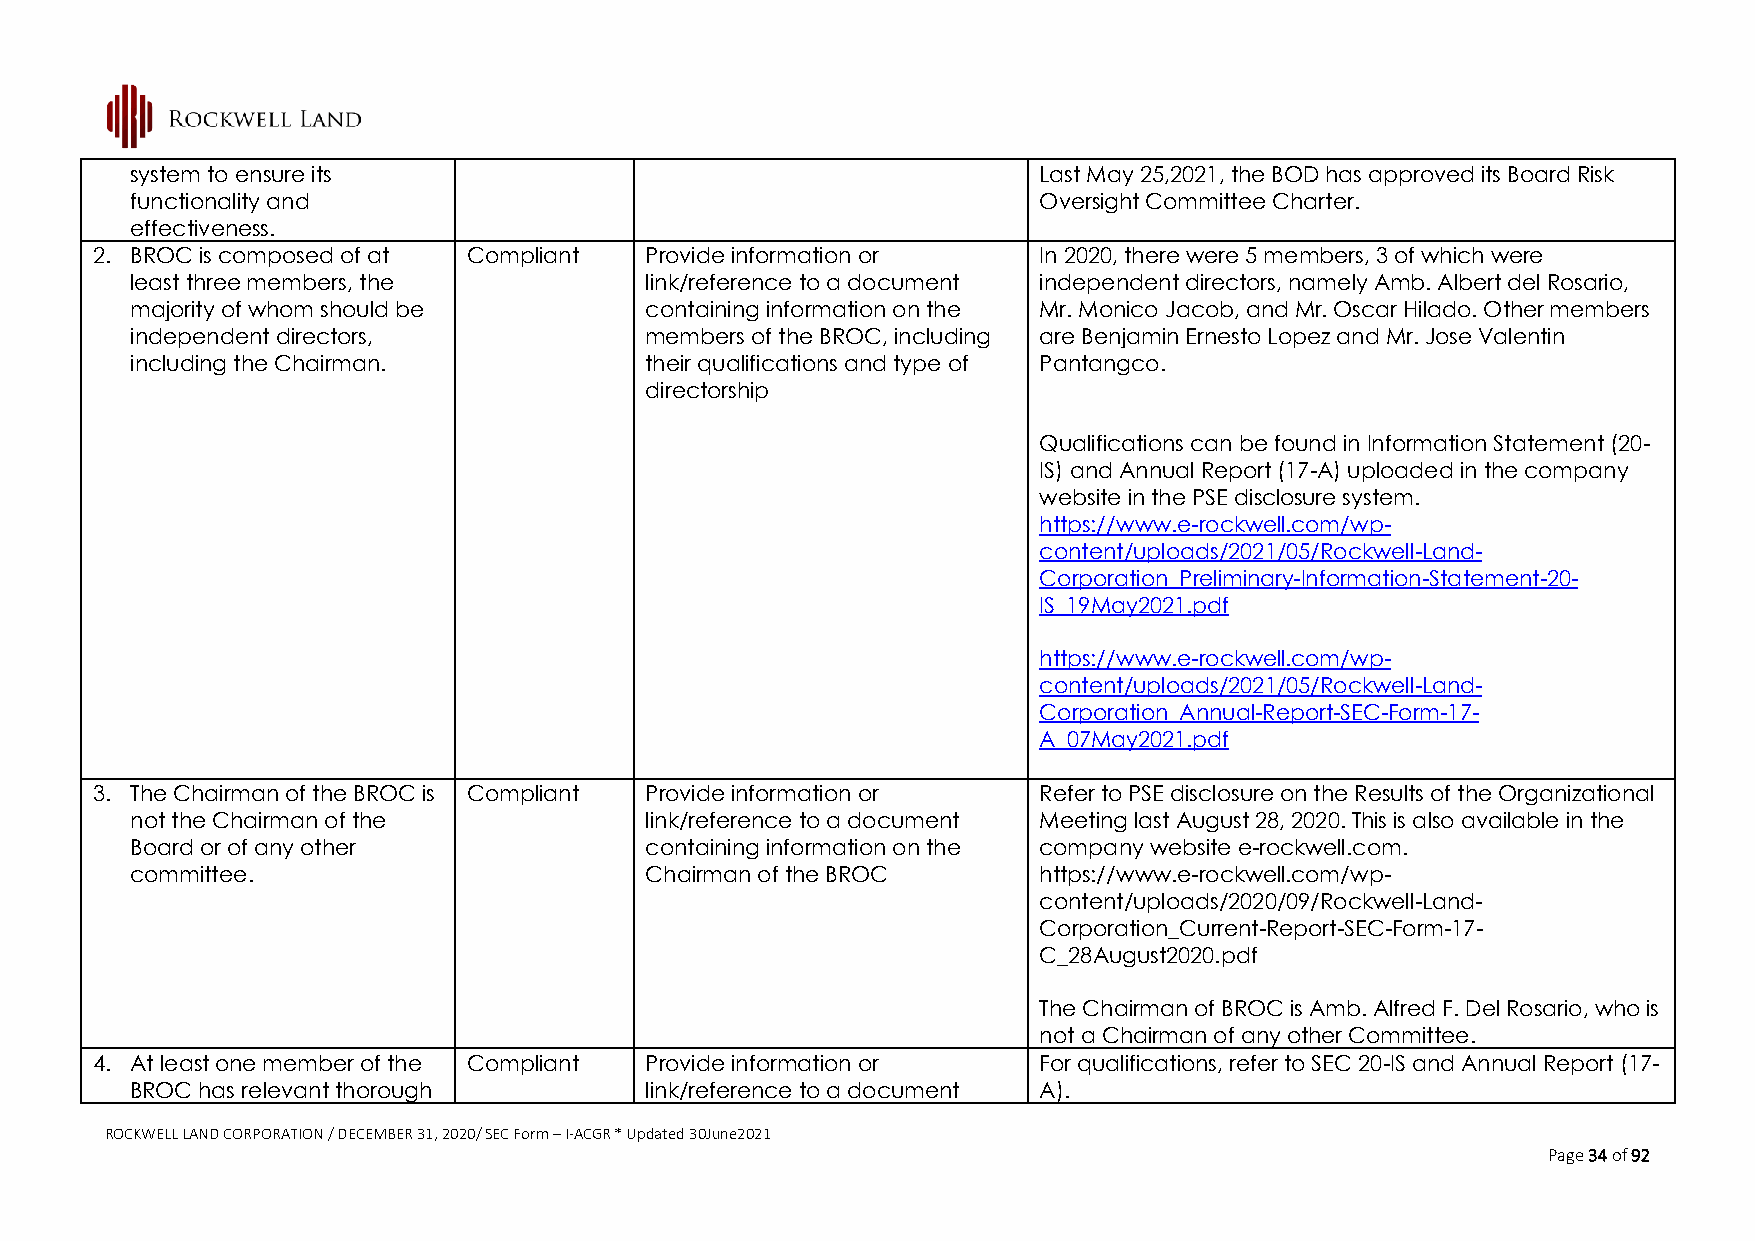
system to ensure its                                        Last May 25,2021, the BOD has approved its Board Risk
 functionality and                                           Oversight Committee Charter.
 effectiveness.
 2. BROC is composed of at Compliant  Provide information or    In 2020, there were 5 members, 3 of which were
 least three members, the          link/reference to a document independent directors, namely Amb. Albert del Rosario,
 majority of whom should be        containing information on the Mr. Monico Jacob, and Mr. Oscar Hilado. Other members
 independent directors,            members of the BROC, including are Benjamin Ernesto Lopez and Mr. Jose Valentin
 including the Chairman.           their qualifications and type of Pantangco.
 directorship
 Qualifications can be found in Information Statement (20-
 IS) and Annual Report (17-A) uploaded in the company
 website in the PSE disclosure system.
 https://www.e-rockwell.com/wp-
 content/uploads/2021/05/Rockwell-Land-
 Corporation_Preliminary-Information-Statement-20-
 IS_19May2021.pdf
 https://www.e-rockwell.com/wp-
 content/uploads/2021/05/Rockwell-Land-
 Corporation_Annual-Report-SEC-Form-17-
 A_07May2021.pdf
 3. The Chairman of the BROC is Compliant Provide information or Refer to PSE disclosure on the Results of the Organizational
 not the Chairman of the           link/reference to a document Meeting last August 28, 2020. This is also available in the
 Board or of any other             containing information on the company website e-rockwell.com.
 committee.                        Chairman of the BROC      https://www.e-rockwell.com/wp-
 content/uploads/2020/09/Rockwell-Land-
 Corporation_Current-Report-SEC-Form-17-
 C_28August2020.pdf
 The Chairman of BROC is Amb. Alfred F. Del Rosario, who is
 not a Chairman of any other Committee.
 4. At least one member of the Compliant Provide information or For qualifications, refer to SEC 20-IS and Annual Report (17-
 BROC has relevant thorough        link/reference to a document A).
 ROCKWELL LAND CORPORATION / DECEMBER 31, 2020/ SEC Form – I-ACGR * Updated 30June2021
 Page 34 of 92